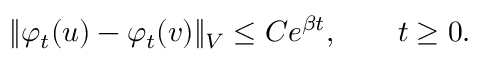
\Vert \varphi _ { t } ( u ) - \varphi _ { t } ( v ) \Vert _ { V } \leq C e ^ { \beta t } , \qquad t \geq 0 .